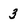
Character: 3